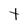
Character: t